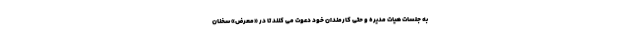
به جلسات هیات مدیره و حتی کارمندان خود دعوت می کنند تا در «معرض» سخنان